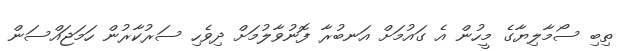
ތިބި ސޯމާލިޔާގެ މީހުން އެ ގައުމަށް އަނބުރާ ފޮނުވާލުމަށް ދިވެހި ސަރުކާރުން ހަމަޖައްސަން